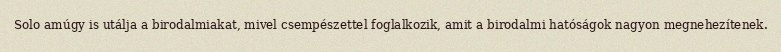
Solo amúgy is utálja a birodalmiakat, mivel csempészettel foglalkozik, amit a birodalmi hatóságok nagyon megnehezítenek.